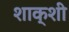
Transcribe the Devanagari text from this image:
शाक्शी